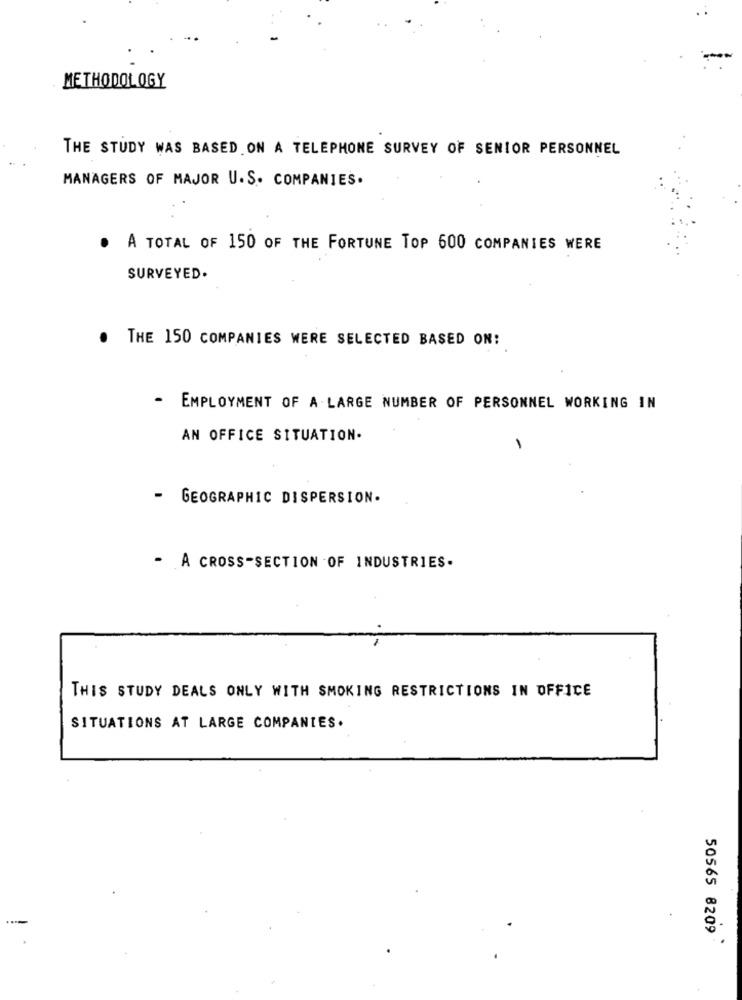
METHODOLOGY
THE STUDY WAS BASED ON A TELEPHONE SURVEY OF SENIOR PERSONNEL
MANAGERS OF MAJOR U.S. COMPANIES.
. A TOTAL OF 150 OF THE FORTUNE TOP 600 COMPANIES WERE
SURVEYED.
.
THE 150 COMPANIES WERE SELECTED BASED ON:
-
EMPLOYMENT OF A LARGE NUMBER OF PERSONNEL WORKING IN
AN OFFICE SITUATION.
- GEOGRAPHIC DISPERSION.
- A CROSS-SECTION OF INDUSTRIES.
THIS STUDY DEALS ONLY WITH SMOKING RESTRICTIONS IN OFFICE
SITUATIONS AT LARGE COMPANIES.
50565 8209